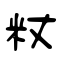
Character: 粀